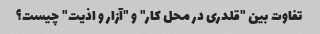
تفاوت بین "قلدری در محل کار" و "آزار و اذیت" چیست؟